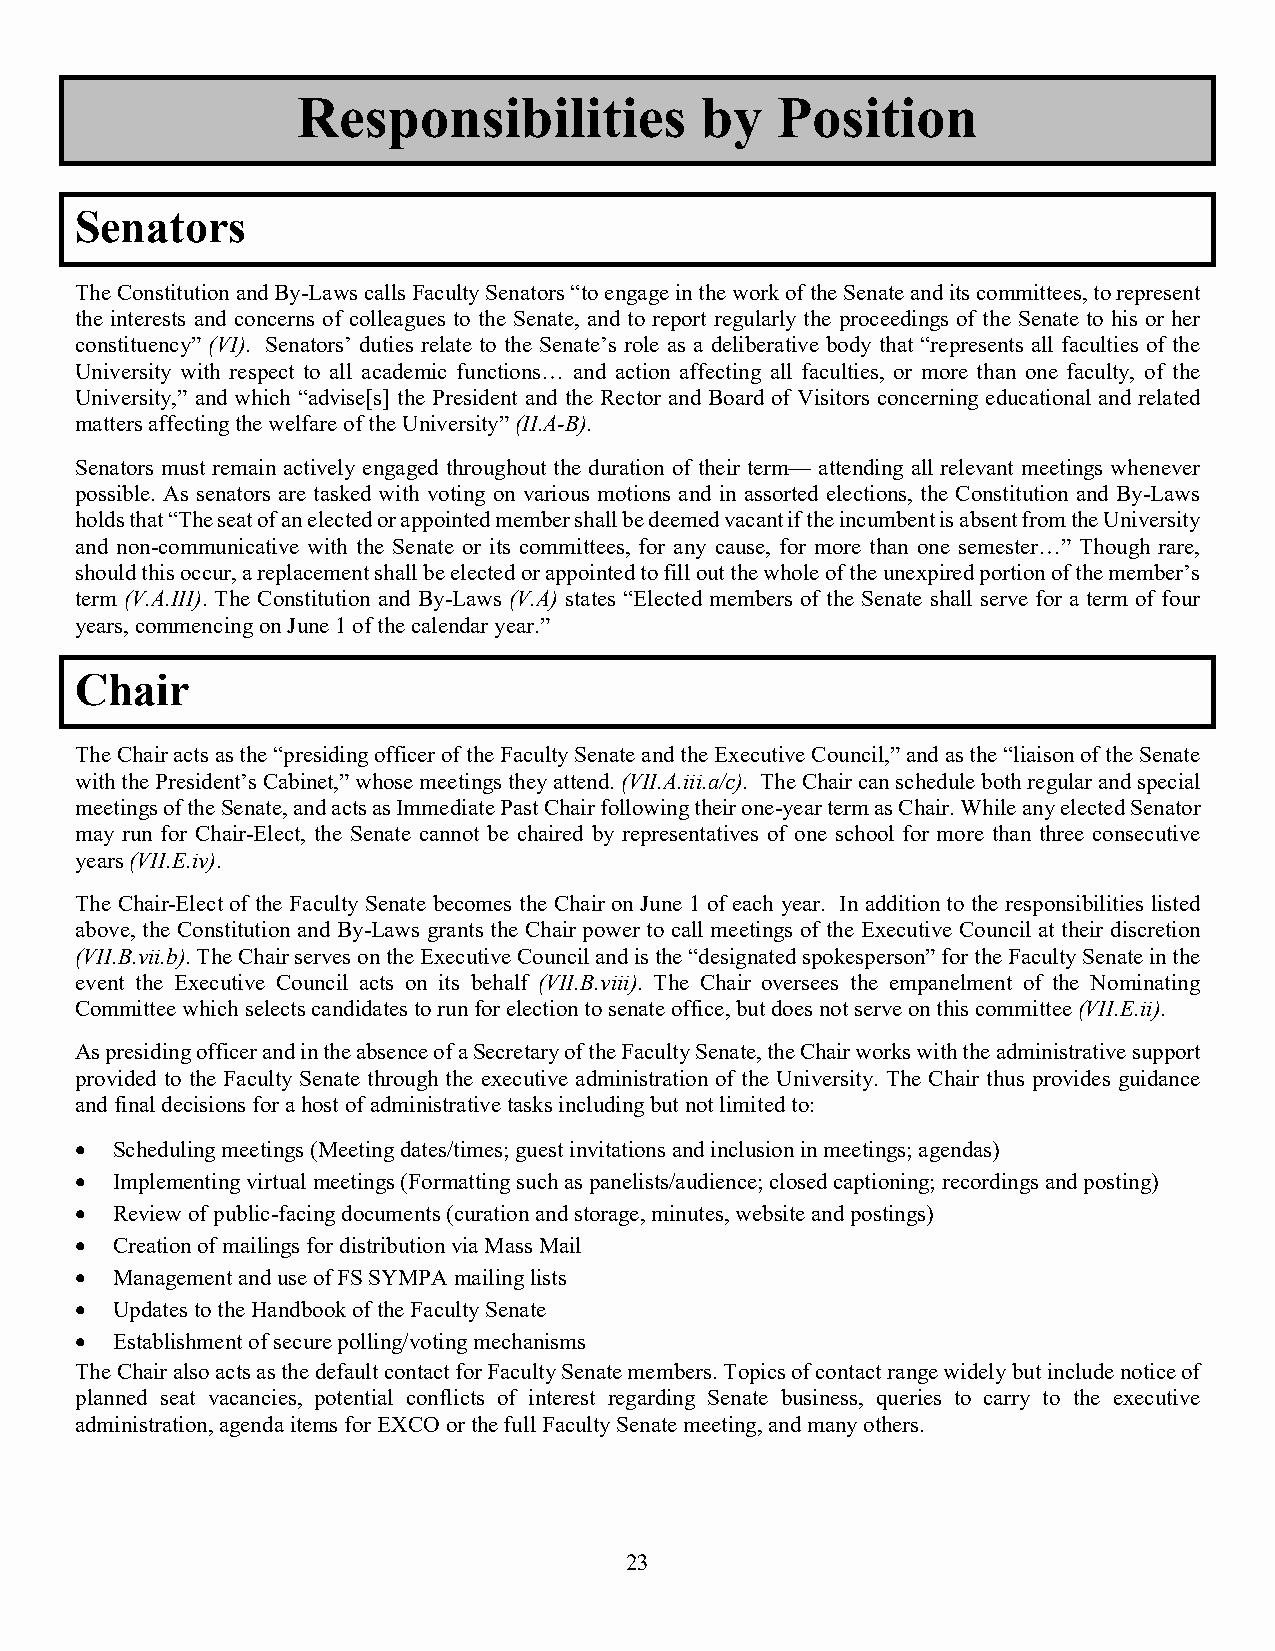
Responsibilities          by   Position
 Senators
 The Constitution and By-Laws calls Faculty Senators “to engage in the work of the Senate and its committees, to represent
 the interests and concerns of colleagues to the Senate, and to report regularly the proceedings of the Senate to his or her
 constituency” (VI). Senators’ duties relate to the Senate’s role as a deliberative body that “represents all faculties of the
 University with respect to all academic functions… and action affecting all faculties, or more than one faculty, of the
 University,” and which “advise[s] the President and the Rector and Board of Visitors concerning educational and related
 matters affecting the welfare of the University” (II.A-B).
 Senators must remain actively engaged throughout the duration of their term— attending all relevant meetings whenever
 possible. As senators are tasked with voting on various motions and in assorted elections, the Constitution and By-Laws
 holds that “The seat of an elected or appointed member shall be deemed vacant if the incumbent is absent from the University
 and non-communicative with the Senate or its committees, for any cause, for more than one semester…” Though rare,
 should this occur, a replacement shall be elected or appointed to fill out the whole of the unexpired portion of the member’s
 term (V.A.III). The Constitution and By-Laws (V.A) states “Elected members of the Senate shall serve for a term of four
 years, commencing on June 1 of the calendar year.”
 Chair
 The Chair acts as the “presiding officer of the Faculty Senate and the Executive Council,” and as the “liaison of the Senate
 with the President’s Cabinet,” whose meetings they attend. (VII.A.iii.a/c). The Chair can schedule both regular and special
 meetings of the Senate, and acts as Immediate Past Chair following their one-year term as Chair. While any elected Senator
 may run for Chair-Elect, the Senate cannot be chaired by representatives of one school for more than three consecutive
 years (VII.E.iv).
 The Chair-Elect of the Faculty Senate becomes the Chair on June 1 of each year. In addition to the responsibilities listed
 above, the Constitution and By-Laws grants the Chair power to call meetings of the Executive Council at their discretion
 (VII.B.vii.b). The Chair serves on the Executive Council and is the “designated spokesperson” for the Faculty Senate in the
 event the Executive Council acts on its behalf (VII.B.viii). The Chair oversees the empanelment of the Nominating
 Committee which selects candidates to run for election to senate office, but does not serve on this committee (VII.E.ii).
 As presiding officer and in the absence of a Secretary of the Faculty Senate, the Chair works with the administrative support
 provided to the Faculty Senate through the executive administration of the University. The Chair thus provides guidance
 and final decisions for a host of administrative tasks including but not limited to:
 • Scheduling meetings (Meeting dates/times; guest invitations and inclusion in meetings; agendas)
 • Implementing virtual meetings (Formatting such as panelists/audience; closed captioning; recordings and posting)
 • Review of public-facing documents (curation and storage, minutes, website and postings)
 • Creation of mailings for distribution via Mass Mail
 • Management and use of FS SYMPA mailing lists
 • Updates to the Handbook of the Faculty Senate
 • Establishment of secure polling/voting mechanisms
 The Chair also acts as the default contact for Faculty Senate members. Topics of contact range widely but include notice of
 planned seat vacancies, potential conflicts of interest regarding Senate business, queries to carry to the executive
 administration, agenda items for EXCO or the full Faculty Senate meeting, and many others.
 23